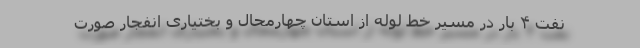
نفت ۴ بار در مسیر خط لوله از استان چهارمحال و بختیاری انفجار صورت